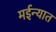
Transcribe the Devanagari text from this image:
मईन्यात